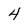
Character: 4